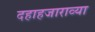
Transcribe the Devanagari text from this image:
दहाहजाराव्या